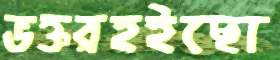
ভক্তরহইছো